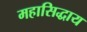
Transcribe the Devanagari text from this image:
महासिद्धाय